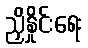
ညှိနှိုင်းရေး